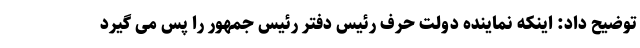
توضیح داد: اینکه نماینده دولت حرف رئیس دفتر رئیس جمهور را پس می گیرد